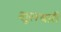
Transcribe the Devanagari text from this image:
शूलधारी